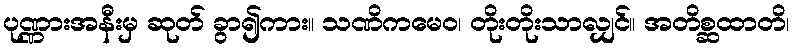
ပုဏ္ဏားအနီးမှ ဆုတ် ခွာ၍ကား။ သဏိကမေဝ၊ တိုးတိုးသာလျှင်။ အတိစ္ဆထာတိ၊